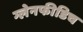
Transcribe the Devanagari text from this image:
ग्लेनफीडिच